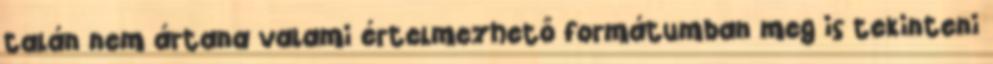
talán nem ártana valami értelmezhető formátumban meg is tekinteni